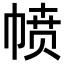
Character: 𪩸